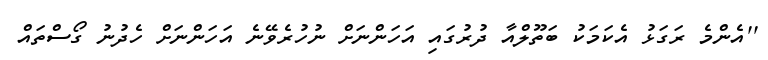
''އެންމެ ރަގަޅު އެކަމަކު ބަތޫލްއާ ދުރުގައި އަހަންނަށް ނުހުރެވޭނެ އަހަންނަށް ހެދުނު ގޯސްތައް